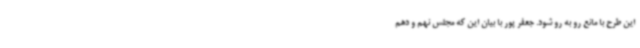
این طرح با مانع رو به رو شود. جعفر پور با بیان این که مجلس نهم و دهم